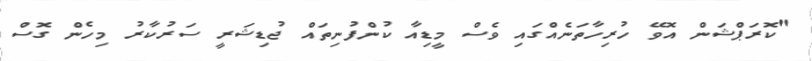
"ކޮރަޕްޝަން އޮވޭ ހުރިހާތަނެއްގައި ވެސް މީޑިއާ ކުންފުނިތައް ޖުޑިޝަރީ ސަރުކާރު މިހެން ގޮސް